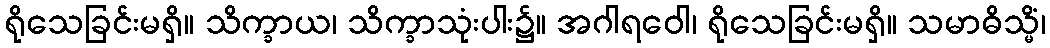
ရိုသေခြင်းမရှိ။ သိက္ခာယ၊ သိက္ခာသုံးပါး၌။ အဂါရဝေါ၊ ရိုသေခြင်းမရှိ။ သမာဓိသ္မိံ၊